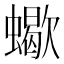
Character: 蠍